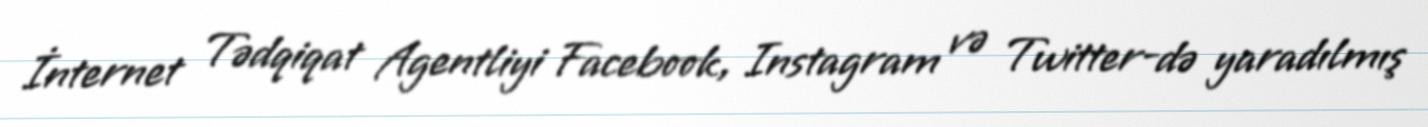
İnternet Tədqiqat Agentliyi Facebook, Instagram və Twitter-də yaradılmış